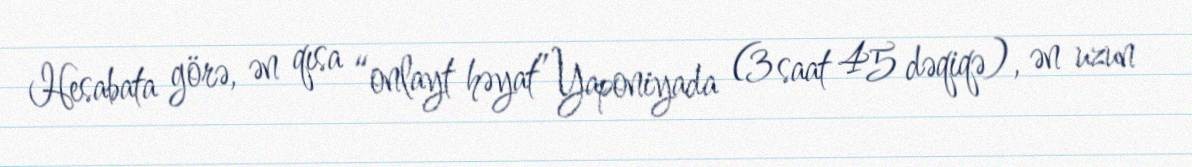
Hesabata görə, ən qısa “onlayt həyat” Yaponiyada (3 saat 45 dəqiqə), ən uzun